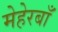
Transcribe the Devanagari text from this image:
मेहेरबाँ